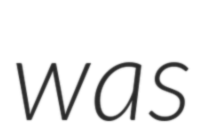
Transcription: was